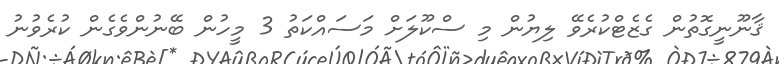
ޤާނޫނީގޮތުން ގެޒެޓްކުރެވޭ ލިޔުން މި ސްކޫލަށް މަސައްކަތު 3 މީހުން ބޭނުންވެގެން ކުރެވުނު